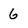
Character: 6